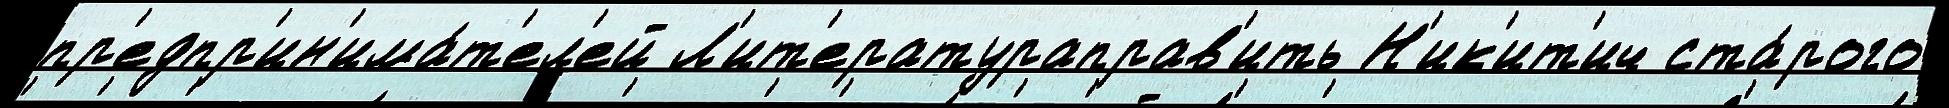
пр'едпр'ин'има́т'ел'ей Л'ит'ератураправ'ить Н'ик'ит'ич ста́рого